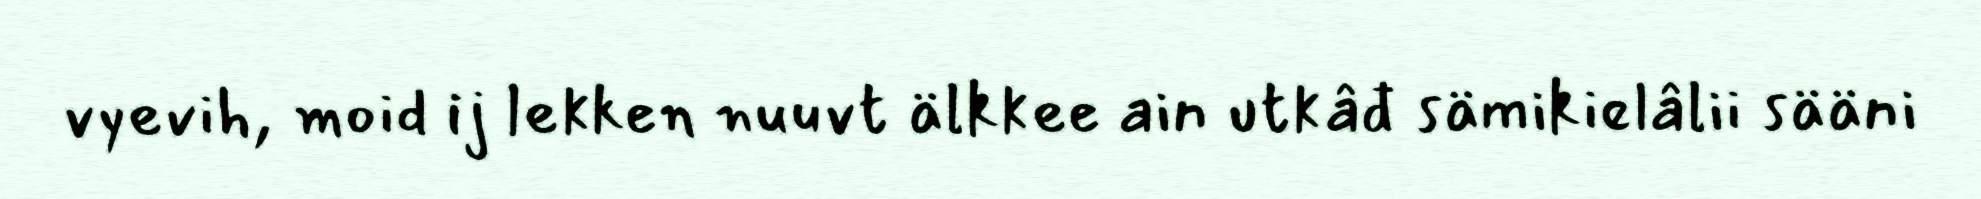
vyevih, moid ij lekken nuuvt älkkee ain utkâđ sämikielâlii sääni